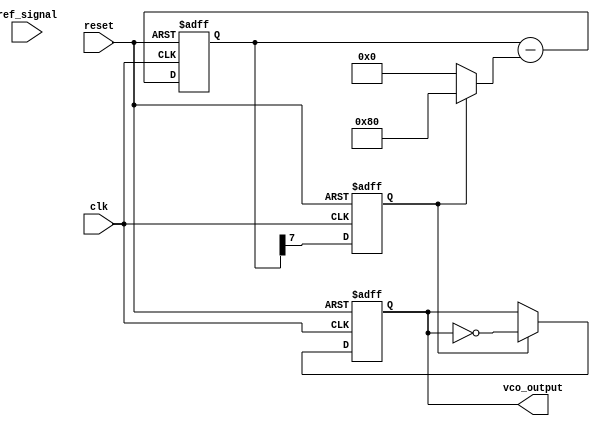
module sigma_delta_pll (
    input wire clk,               // System clock
    input wire reset,             // Asynchronous reset
    input wire ref_signal,        // Reference signal input
    output wire vco_output        // VCO output
);

// Parameters
parameter N = 8;                // Bit width for the sigma-delta modulator

// Internal signals
reg [N-1:0] phase_error;        // Phase error from the PD
reg [N-1:0] filtered_signal;    // Output from loop filter
reg [N-1:0] control_voltage;    // Control voltage to VCO
reg vco_output_reg;             // VCO output register

// Phase Detector (PD)
always @(posedge clk or posedge reset) begin
    if (reset) begin
        phase_error <= 0;
    end else begin
        // Simple XOR phase detector
        phase_error <= {ref_signal} ^ {vco_output_reg}; // Example PD logic
    end
end

// Loop Filter (Simple Integrator)
always @(posedge clk or posedge reset) begin
    if (reset) begin
        filtered_signal <= 0;
    end else begin
        // Simple first-order low-pass filter
        filtered_signal <= filtered_signal + phase_error; // Integrate phase error
    end
end

// Sigma-Delta Modulator
reg [N-1:0] integrator;
reg quantized_signal;

always @(posedge clk or posedge reset) begin
    if (reset) begin
        integrator <= 0;
        quantized_signal <= 0;
    end else begin
        integrator <= integrator + filtered_signal; // Integrate filtered signal
        quantized_signal <= integrator[N-1]; // 1-bit quantizer
        integrator <= integrator - (quantized_signal ? {1'b1, {N-1{1'b0}}} : 0); // Feedback
    end
end

// Voltage-Controlled Oscillator (VCO)
always @(posedge clk or posedge reset) begin
    if (reset) begin
        vco_output_reg <= 0;
    end else begin
        // Simple VCO model (example: toggle output based on control voltage)
        if (quantized_signal) begin
            vco_output_reg <= ~vco_output_reg; // Toggle output
        end
    end
end

assign vco_output = vco_output_reg; // Output VCO signal

endmodule